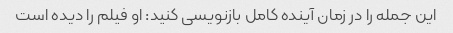
این جمله را در زمان آینده کامل بازنویسی کنید: او فیلم را دیده است